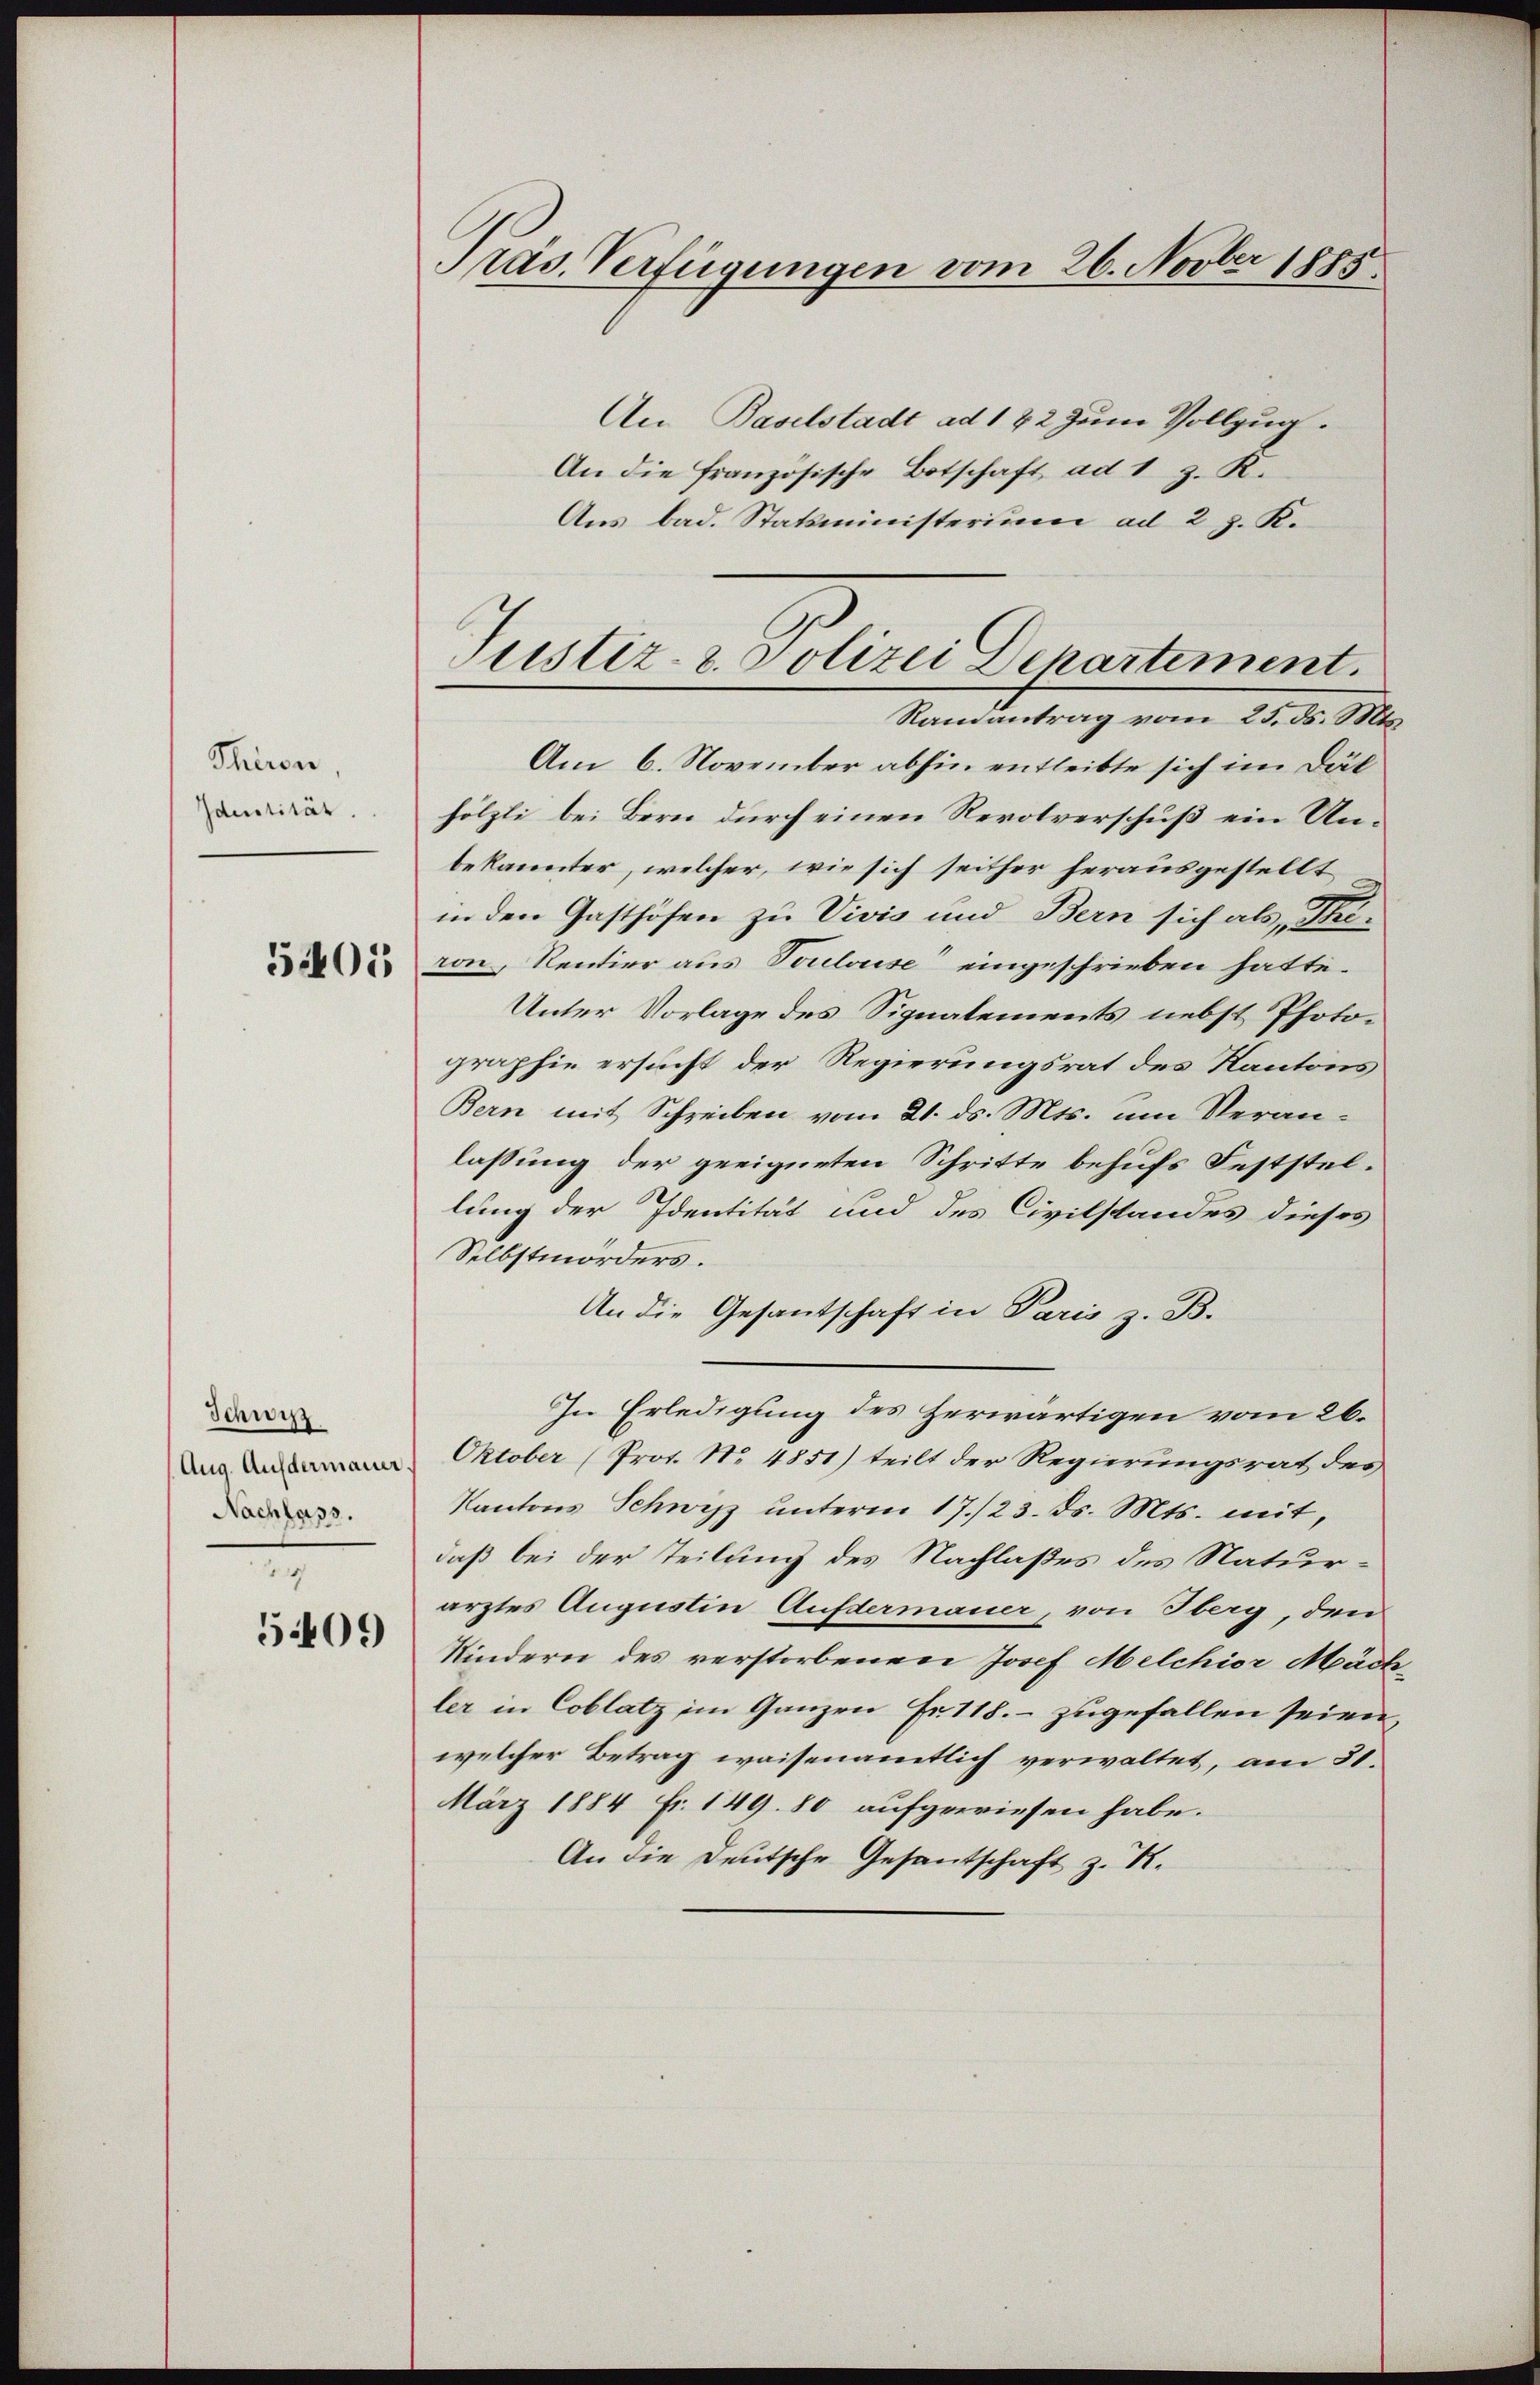
Thiron
Identität.

5401

Schni
Aug. Aufdermauer.
Nachlass.
1

5409

Präs. Verfügungen vom 26. Novber 1885

An Baselstadt ad 122 zum Vollzug.
An die französische Botschaft ad 1 z. K.
Aus bad. Statsministerium ad 2 J. K.
Ramantrag vom 25. ds. Mts.
Am 6. November abhin entleibte sich im Dät
hölzli bei Bern durch einen Revolverschuß ein Unbekannter, welcher, wie sich seither herausgestellt
in den Gasthöfen zu Vivis und Bern sich als Priron, Rentier aus Toulouse eingeschrieben hatte.
Unter Vorlage des Signatements nebst Photographie ersucht der Regierungsrat des Kantons
Bern mit Schreiben vom 21. ds. Mts. um Veranlassung der geeigneten Schritte behufs Feststellung der Identität und des Civilstandes dieses
Selbstmörders.
An die Gesantschaft in Paris z. B.
In Erledigung des Herwärtigen vom 26.
Oktober (Prot. No 4851) teilt der Regierungsrat des
Kantons Schwyz unterm 17./23. ds. Mts. mit,
daß bei der Teilung des Nachlaßes des Naturarztes Augustin Aufdermauer, von Oberg, den
Kindern des verstorbenen Josef Melchior Mächler in Coblatz im Ganzen Fr. 118. - zugefallen seien
welcher Betrag waisenamtlich verwaltet, am 31.
März 1884 Fr. 149. 80 aufgewiesen habe.
An die Deutsche Gesantschaft z. K.

Justiz- & Polizei Departement.